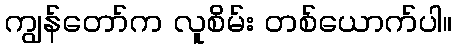
ကျွန်တော်က လူစိမ်း တစ်ယောက်ပါ။